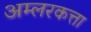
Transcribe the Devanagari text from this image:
अम्लरकत्ता